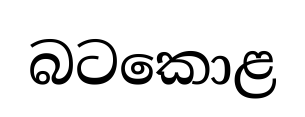
බටකොළ